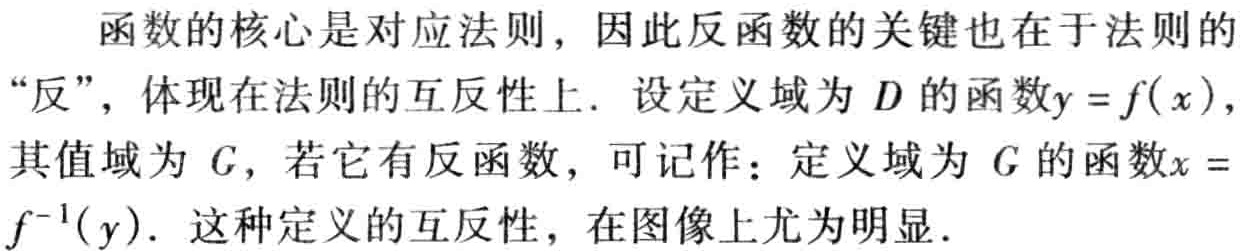
函数的核心是对应法则，因此反函数的关键也在于法则的“反”，体现在法则的互反性上．设定义域为\(D\)的函数\(y = f(x)\)，其值域为\(C\)，若它有反函数，可记作：定义域为\(C\)的函数\(x = f^{-1}(y)\)．这种定义的互反性，在图像上尤为明显．